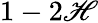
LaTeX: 1-2\mathscr{H}